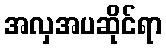
အလှအပဆိုင်ရာ